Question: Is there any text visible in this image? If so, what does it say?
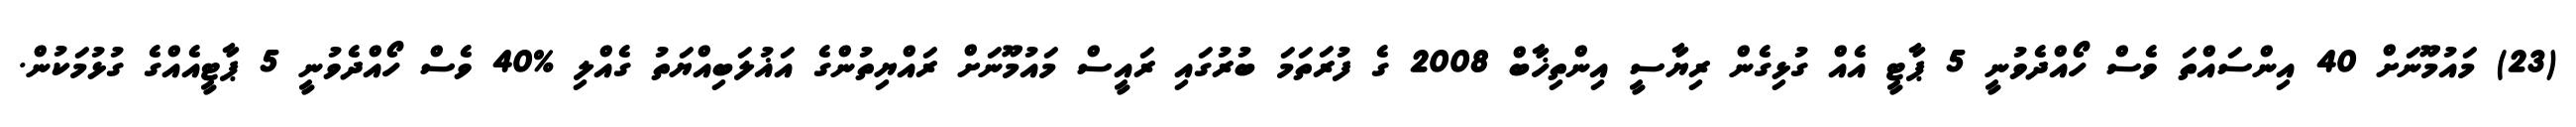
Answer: (23) މައުމޫނަށް 40 އިންސައްތަ ވެސް ހޯއްދެވުނީ 5 ޕާޓީ އެއް ގުޅިގެން ރިޔާސީ އިންތިޚާބް 2008 ގެ ފުރަތަމަ ބުރުގައި ރައީސް މައުމޫނަށް ރައްޔިތުންގެ އަޣުލަބިއްޔަތު ގެއްލި %40 ވެސް ހޯއްދެވުނީ 5 ޕާޓީއެއްގެ ގުޅުމަކުން.